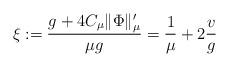
LaTeX: \begin{align*} \xi:=\frac{g+4C_\mu \lVert \Phi \rVert_\mu'}{\mu g }=\frac{1}{\mu}+2 \frac{v}{g}\end{align*}